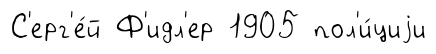
С'ерг'е́й Ф'идл'ер 1905 пол'и́циjи